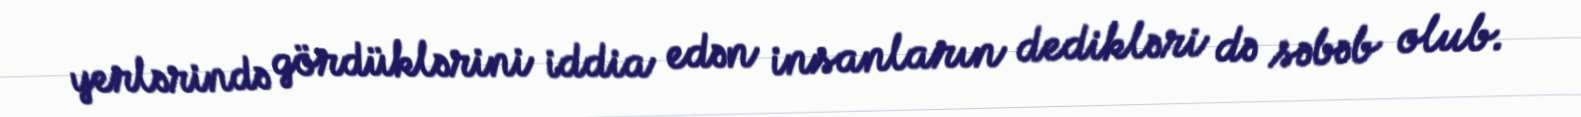
yerlərində gördüklərini iddia edən insanların dedikləri də səbəb olub.